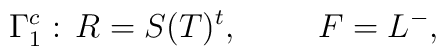
\Gamma_1^c:\, R=S(T)^t, \hskip 1cm F=L^-,